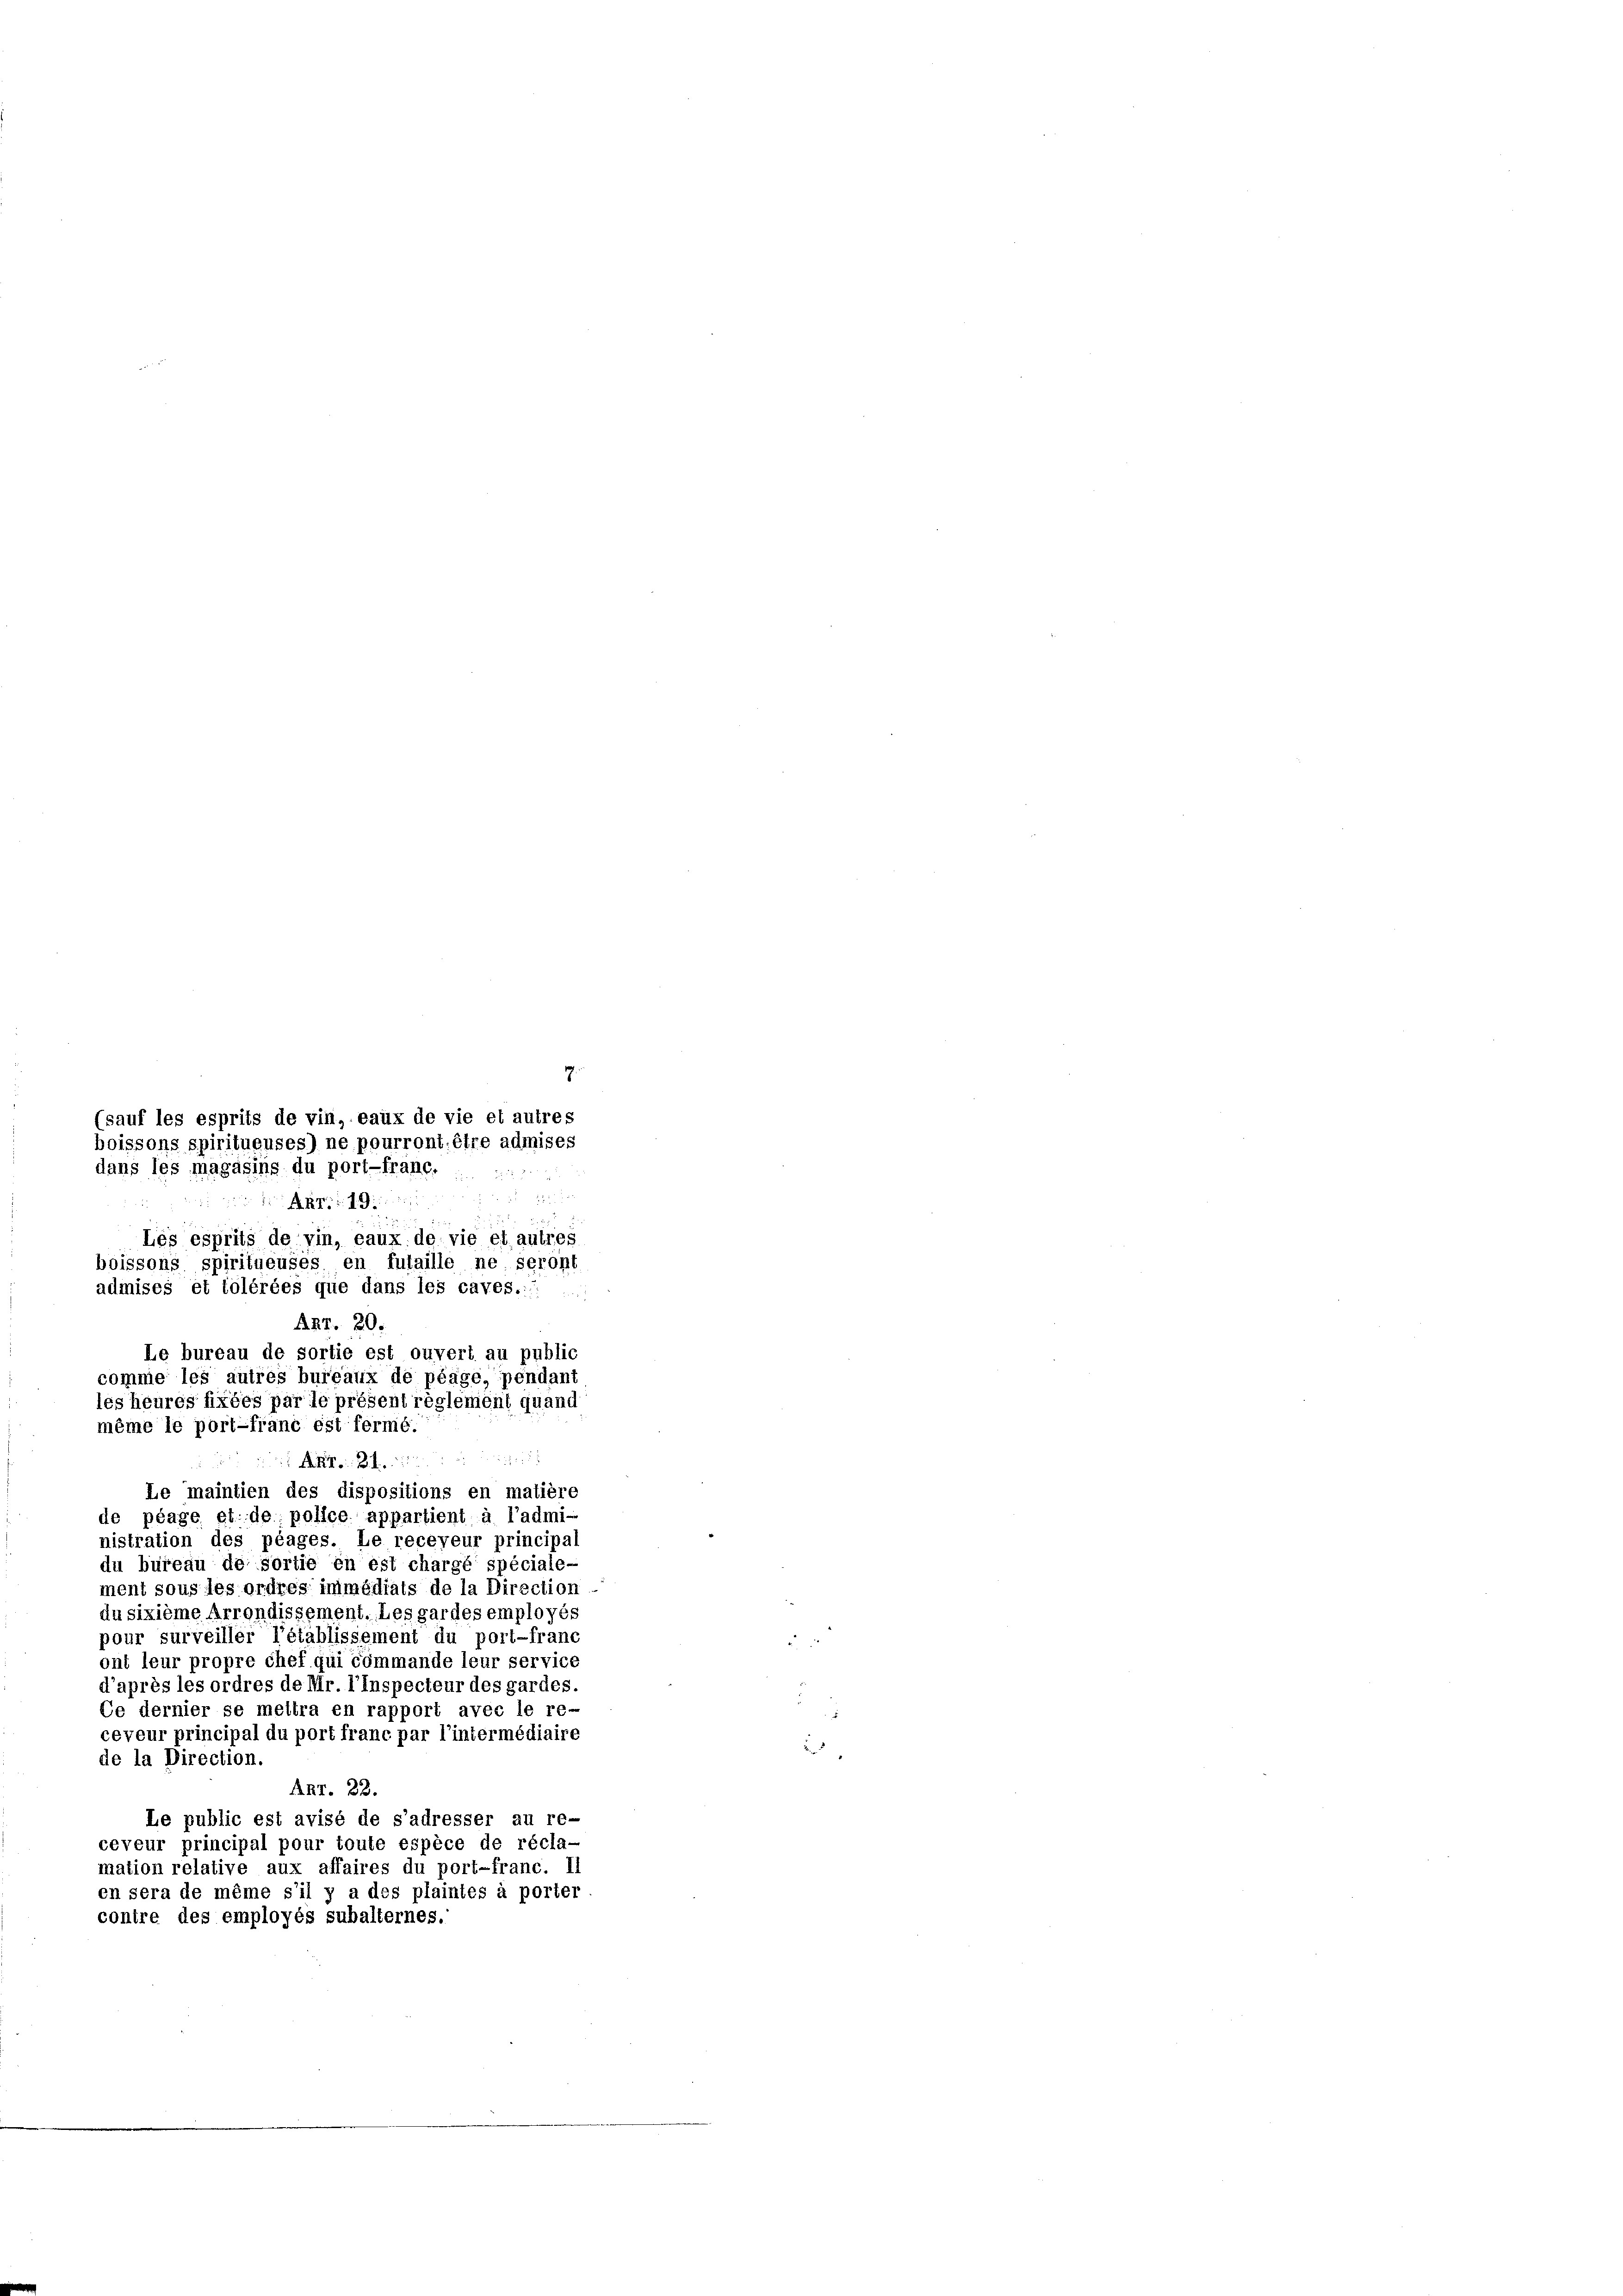
18
B
Le maintien des dispositions en matière
de plage et. de police appartient à l’admi-
nistration des plages. Le receyeur principa
du bureau de sortie in est chargé spéciale-
ment sous les ordres inimédiats de la Direction
du sixième Arrondissement. Les gardes employés
pour surveiller l’établissement du port-franc
ont leur propre chef qui commande leur service
d’après les ordres de Mr. l’Inspecteur des gardes.
Ce dernier se mettra en rapport avec le re-
ceveur principal du port franc par l’intermédiaire
de la Direction.
ANr. 22.
Le public est avisé de s’adresser au re-
ceveur principal pour toute espèce de récla-
mation relative aux affaires du port-franc. II
en sera de même s’il y a des plaintes à porter
contre des employés subalternes.

dans les magasins du port-franc.
A 19
Lés esprits de vin, eaux de vie et autres
boissons spiritueuses en futaille ne seront
admises et tolérées que dans les caves.:
Art. 20.
Le bureau de sortie est ouvert au public
comme les autres bureaux de péage, pendant
les heures fixées par le présent règlement quand
même le port-franc est fermé.

boissons spiritueuses) ne pourront être admises

(sauf les esprits de vin, eaux de vie et autres

19